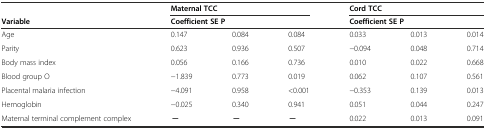
<table><thead><tr><td></td><td colspan="3"><b>Maternal TCC</b></td><td colspan="3"><b>Cord TCC</b></td></tr><tr><td><b>Variable</b></td><td colspan="3"><b>Coefficient SE P</b></td><td colspan="3"><b>Coefficient SE P</b></td></tr></thead><tbody><tr><td>Age</td><td>0.147</td><td>0.084</td><td>0.084</td><td>0.033</td><td>0.013</td><td>0.014</td></tr><tr><td>Parity</td><td>0.623</td><td>0.936</td><td>0.507</td><td>−0.094</td><td>0.048</td><td>0.714</td></tr><tr><td>Body mass index</td><td>0.056</td><td>0.166</td><td>0.736</td><td>0.010</td><td>0.022</td><td>0.668</td></tr><tr><td>Blood group O</td><td>−1.839</td><td>0.773</td><td>0.019</td><td>0.062</td><td>0.107</td><td>0.561</td></tr><tr><td>Placental malaria infection</td><td>−4.091</td><td>0.958</td><td>&lt;0.001</td><td>−0.353</td><td>0.139</td><td>0.013</td></tr><tr><td>Hemoglobin</td><td>−0.025</td><td>0.340</td><td>0.941</td><td>0.051</td><td>0.044</td><td>0.247</td></tr><tr><td>Maternal terminal complement complex</td><td>─</td><td>─</td><td>─</td><td>0.022</td><td>0.013</td><td>0.091</td></tr></tbody></table>